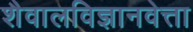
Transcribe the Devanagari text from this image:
शैवालविज्ञानवेत्ता